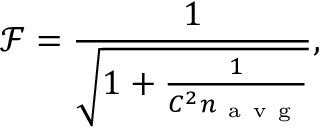
\mathcal { F } = \frac { 1 } { \sqrt { 1 + \frac { 1 } { C ^ { 2 } n _ { \mathrm { ~ a ~ v ~ g ~ } } } } } ,